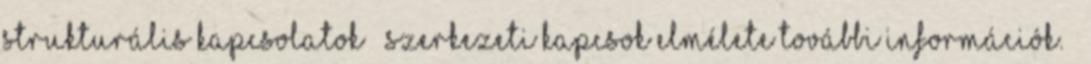
strukturális kapcsolatok szerkezeti kapcsok elmélete További információk. »